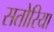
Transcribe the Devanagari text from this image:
सतोरिया